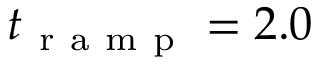
t _ { \mathrm { ~ r ~ a ~ m ~ p ~ } } = 2 . 0